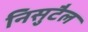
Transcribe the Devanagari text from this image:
निसुटैल